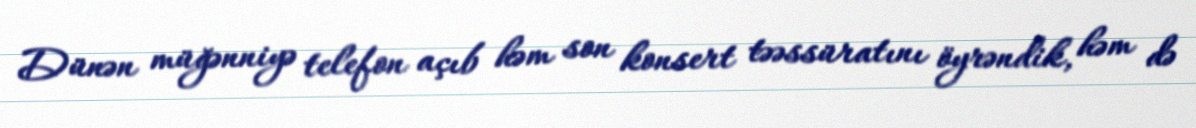
Dünən müğənniyə telefon açıb həm son konsert təəssüratını öyrəndik, həm də